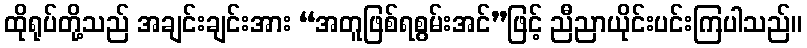
ထိုရုပ်တို့သည် အချင်းချင်းအား “အတူဖြစ်ရစွမ်းအင်”ဖြင့် ညီညာယိုင်းပင်းကြပါသည်။